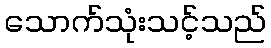
သောက်သုံးသင့်သည်